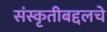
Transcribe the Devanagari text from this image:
संस्कृतीबद्दलचे